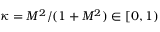
\kappa = M ^ { 2 } / ( 1 + M ^ { 2 } ) \in [ 0 , 1 )